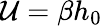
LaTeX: \mathcal{U}=\beta h_{0}